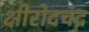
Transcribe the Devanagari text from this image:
क्षीरोदचंद्र